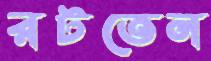
রটতেন